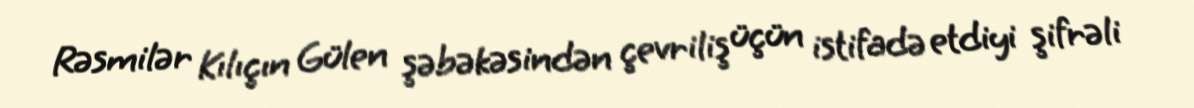
Rəsmilər Kılıçın Gülen şəbəkəsindən çevriliş üçün istifadə etdiyi şifrəli